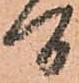
間